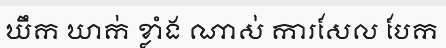
ឃឹក ឃាក់ ខ្លាំង ណាស់ ការសែល បែក